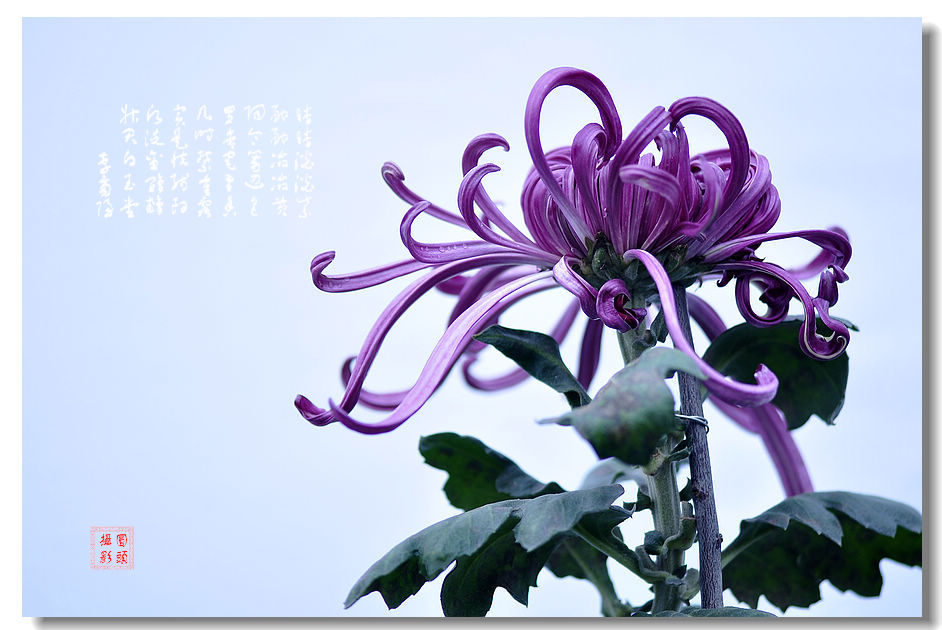
芳菊开林耀，青松冠岩列。